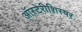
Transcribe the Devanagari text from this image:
ऑस्टेरीशिस्षर